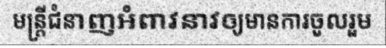
មន្ត្រីជំនាញអំពាវនាវឲ្យមានការចូលរួម